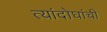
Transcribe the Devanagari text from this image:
त्यांदोघांची